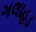
ગલાહડ